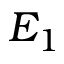
E _ { 1 }